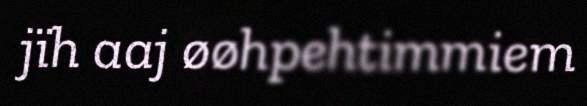
jïh aaj øøhpehtimmiem